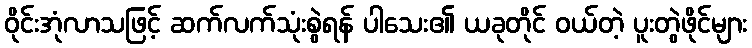
ဝိုင်းအုံလာသဖြင့် ဆက်လက်သုံးစွဲရန် ပါသေး၏ ယခုတိုင် ဝယ်တဲ့ ပူးတွဲဖိုင်များ